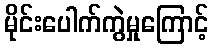
မိုင်းပေါက်ကွဲမှုကြောင့်